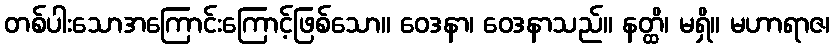
တစ်ပါးသောအကြောင်းကြောင့်ဖြစ်သော။ ဝေဒနာ၊ ဝေဒနာသည်။ နတ္ထိ၊ မရှိ။ မဟာရာဇ၊